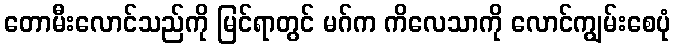
တောမီးလောင်သည်ကို မြင်ရာတွင် မဂ်က ကိလေသာကို လောင်ကျွမ်းစေပုံ